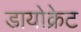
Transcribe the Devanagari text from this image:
डायोक्रेट